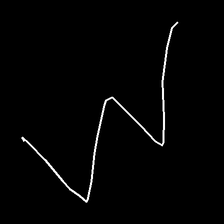
Glyph: crush